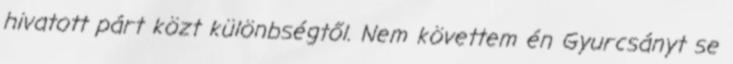
hivatott párt közt különbségtől. Nem követtem én Gyurcsányt se